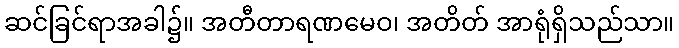
ဆင်ခြင်ရာအခါ၌။ အတီတာရဏမေဝ၊ အတိတ် အာရုံရှိသည်သာ။